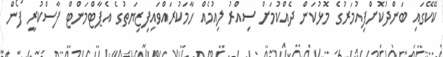
ކޭކޭގައި ބަންދުކޮށްފިއުމަރުގެ މޮޅުކަން ދެއްކުމަށް ސިއްރު ލިއުމެއް ހާމަކުރައްވައިފިޒިޔަތުގެ އެޕާޓްމަންޓް ފާސްކުރީ ފޯން